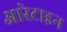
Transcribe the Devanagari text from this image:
आरेटाइन